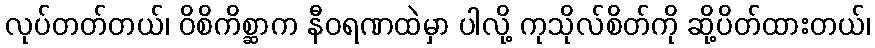
လုပ်တတ်တယ်၊ ဝိစိကိစ္ဆာက နီဝရဏထဲမှာ ပါလို့ ကုသိုလ်စိတ်ကို ဆို့ပိတ်ထားတယ်၊